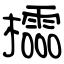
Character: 櫺